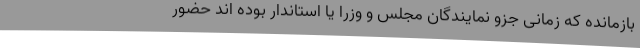
بازمانده که زمانی جزو نمایندگان مجلس و وزرا یا استاندار بوده اند حضور